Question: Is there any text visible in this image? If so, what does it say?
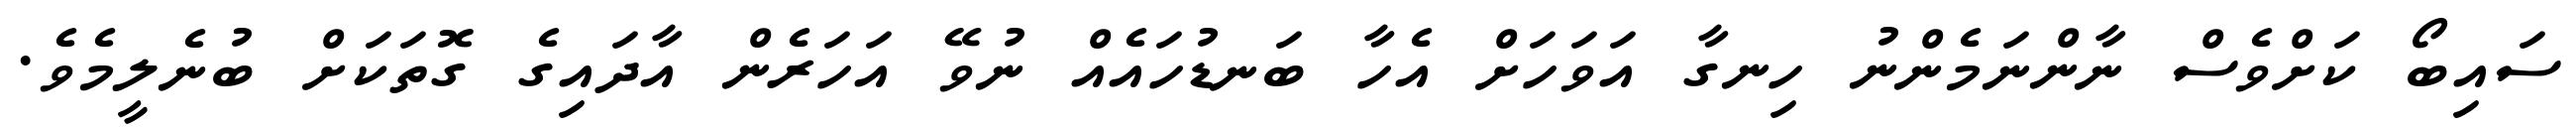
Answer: ސައިބޯ ކަށްވެސް ނާންނަމެންނު ހިނގާ އަވަހަށް އެހާ ބަނޑުހައެއް ނުވޭ އަހަރެން އާދައިގެ ގޮތަކަށް ބުނެލީމެވެ.